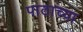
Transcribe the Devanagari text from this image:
पाठाच्या